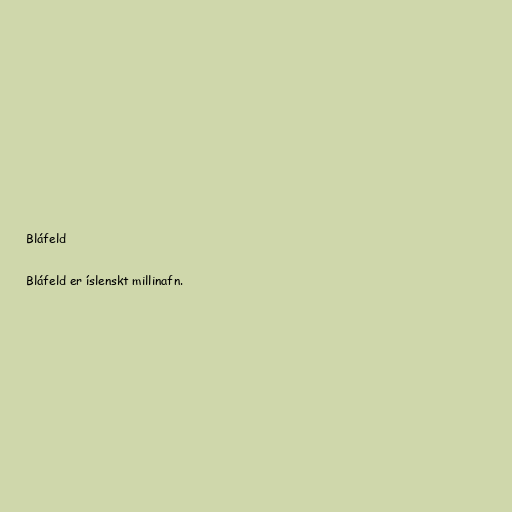
Bláfeld

Bláfeld er íslenskt millinafn.